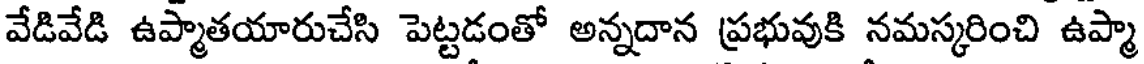
వేడివేడి ఉప్మాతయారుచేసి పెట్టడంతో అన్నదాన ప్రభువుకి నమస్కరించి ఉప్మా